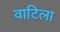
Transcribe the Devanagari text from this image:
वाटिला